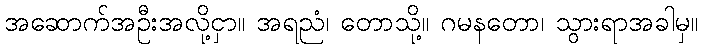
အဆောက်အဦးအလို့ငှာ။ အရညံ၊ တောသို့။ ဂမနတော၊ သွားရာအခါမှ။